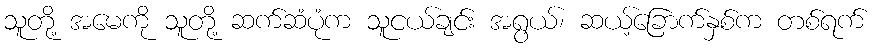
သူတို့ အမေကို သူတို့ ဆက်ဆံပုံက သူငယ်ချင်း အရွယ်၊ ဆယ့်ခြောက်နှစ်က တစ်ရက်